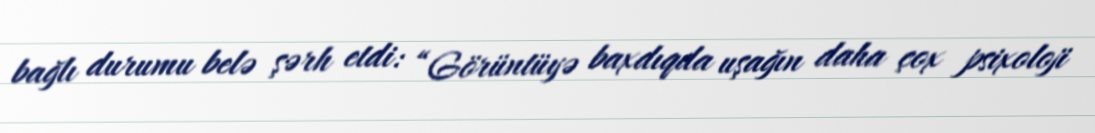
bağlı durumu belə şərh etdi: “Görüntüyə baxdıqda uşağın daha çox psixoloji